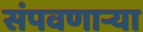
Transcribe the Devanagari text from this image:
संपवणाऱ्या